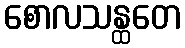
စောလသန္ထတေ